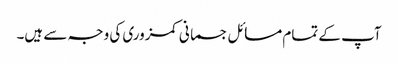
آپ کے تمام مسائل جسمانی کمزوری کی وجہ سے ہیں۔